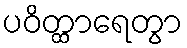
ပဝိတ္ထာရေတွာ